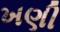
ખણી